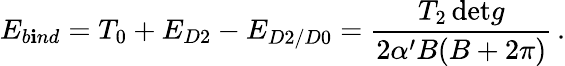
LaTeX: E_{b\mathbf{i}nd}=T_{0}+E_{D2}-E_{D2/D0}=\frac{{T_{2}\, \mathrm{{det}}g}}{{2\alpha^{\prime}B(B+2\pi)}}\, .